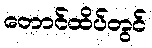
တောင်ထိပ်တွင်